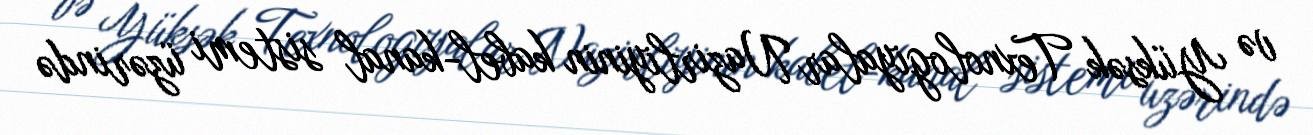
və Yüksək Texnologiyalar Nazirliyinin kabel-kanal sistemi üzərində